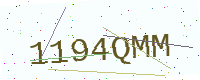
Text: 1194QMM